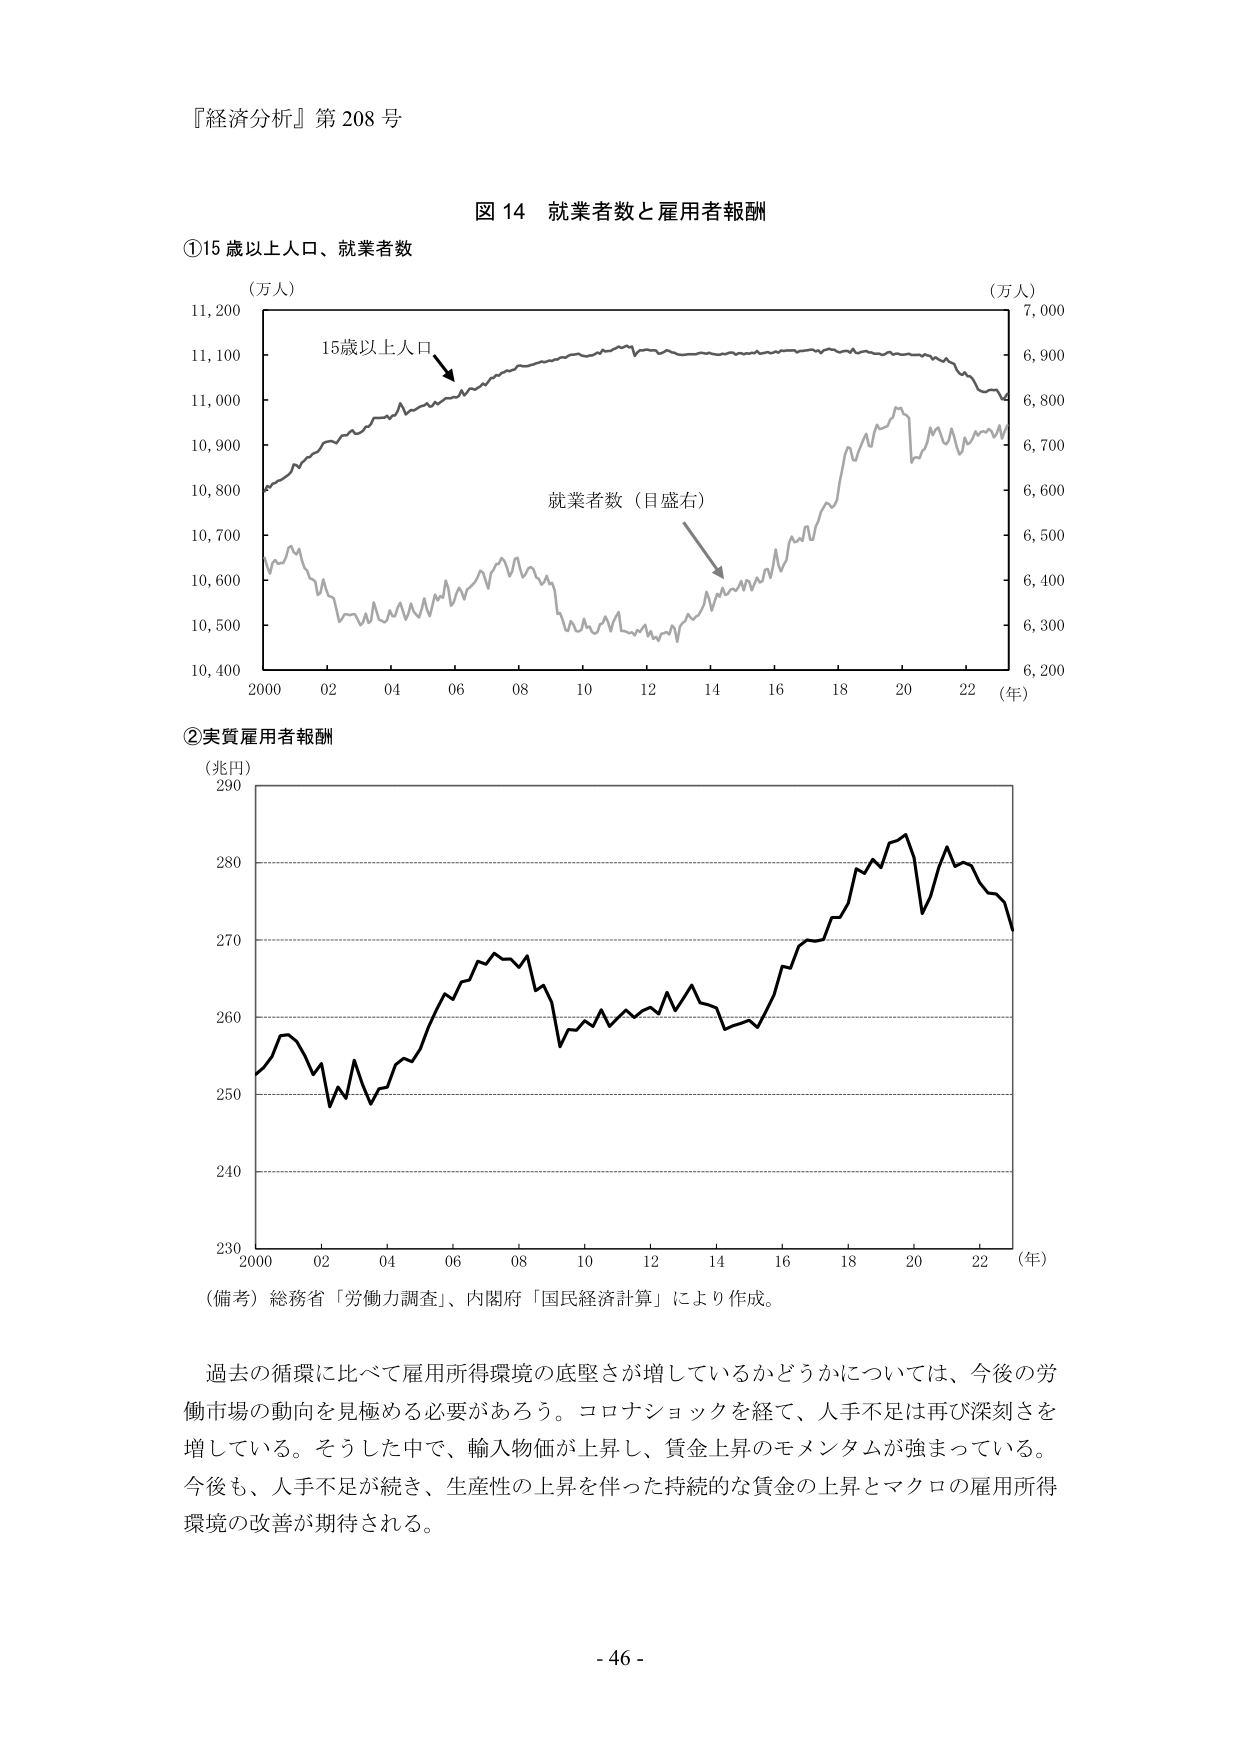
『経済分析』第208号

図14 就業者数と雇用者報酬

①15歳以上人口、就業者数
（万人）
11,200
11,100
11,000
10,900
10,800
10,700
10,600
10,500
10,400
2000 02 04 06 08 10 12 14 16 18 20 22 （年）
15歳以上人口
就業者数（目盛右）
（万人）
7,000
6,900
6,800
6,700
6,600
6,500
6,400
6,300
6,200

②実質雇用者報酬
（兆円）
290
280
270
260
250
240
230
2000 02 04 06 08 10 12 14 16 18 20 22 （年）
（備考）総務省「労働力調査」、内閣府「国民経済計算」により作成。

過去の循環に比べて雇用所得環境の底堅さが増しているかどうかについては、今後の労働市場の動向を見極める必要があろう。コロナショックを経て、人手不足は再び深刻さを増している。そうした中で、輸入物価が上昇し、賃金上昇のモメンタムが強まっている。今後も、人手不足が続き、生産性の上昇を伴った持続的な賃金の上昇とマクロの雇用所得環境の改善が期待される。

- 46 -